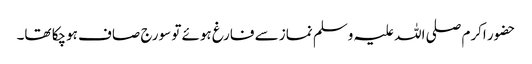
حضور اکرم صلی اللہ علیہ وسلم نماز سے فارغ ہوئے تو سورج صاف ہوچکا تھا۔